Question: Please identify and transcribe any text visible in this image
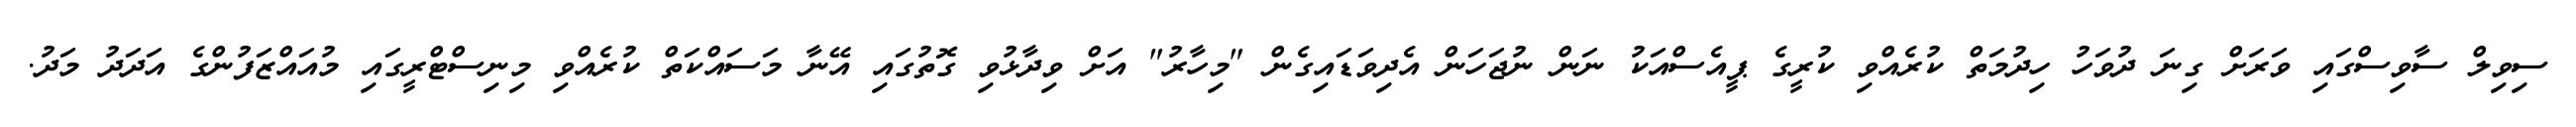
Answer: ސިވިލް ސާވިސްގައި ވަރަށް ގިނަ ދުވަހު ހިދުމަތް ކުރެއްވި ކުރީގެ ޕީއެސްއަކު ނަން ނުޖަހަން އެދިވަޑައިގެން "މިހާރު" އަށް ވިދާޅުވި ގޮތުގައި އޭނާ މަސައްކަތް ކުރެއްވި މިނިސްޓްރީގައި މުއައްޒަފުންގެ އަދަދު މަދު.